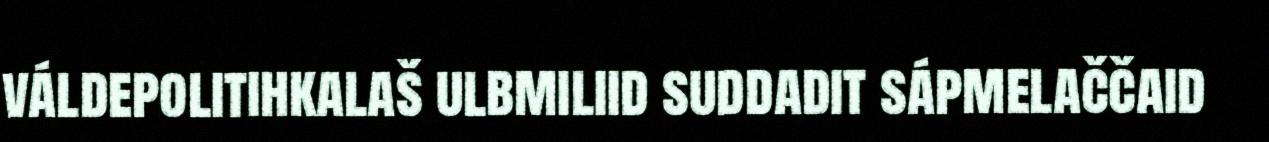
váldepolitihkalaš ulbmiliid suddadit sápmelaččaid